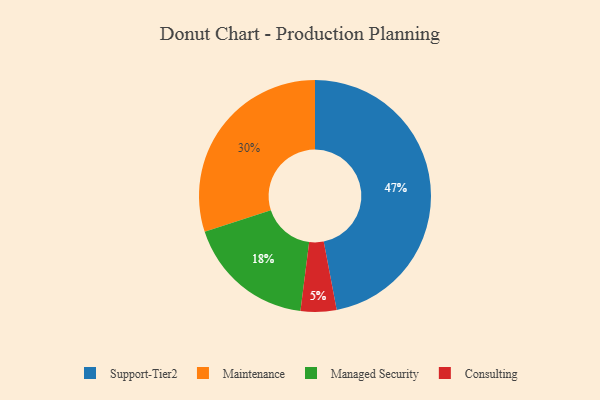
{"axis": {"x": "Category", "y": "Percentage"}, "legend": ["Consulting", "Maintenance", "Managed Security", "Support-Tier2"], "data": [{"x": "Maintenance", "y": 30, "type": "Maintenance"}, {"x": "Consulting", "y": 5, "type": "Consulting"}, {"x": "Managed Security", "y": 18, "type": "Managed Security"}, {"x": "Support-Tier2", "y": 47, "type": "Support-Tier2"}]}